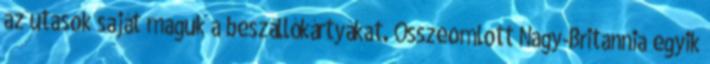
az utasok saját maguk a beszállókártyákat. Összeomlott Nagy-Britannia egyik